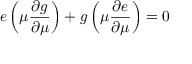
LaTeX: e \left( \mu { \frac { \partial g } { \partial \mu } } \right) + g \left( \mu { \frac { \partial e } { \partial \mu } } \right) = 0